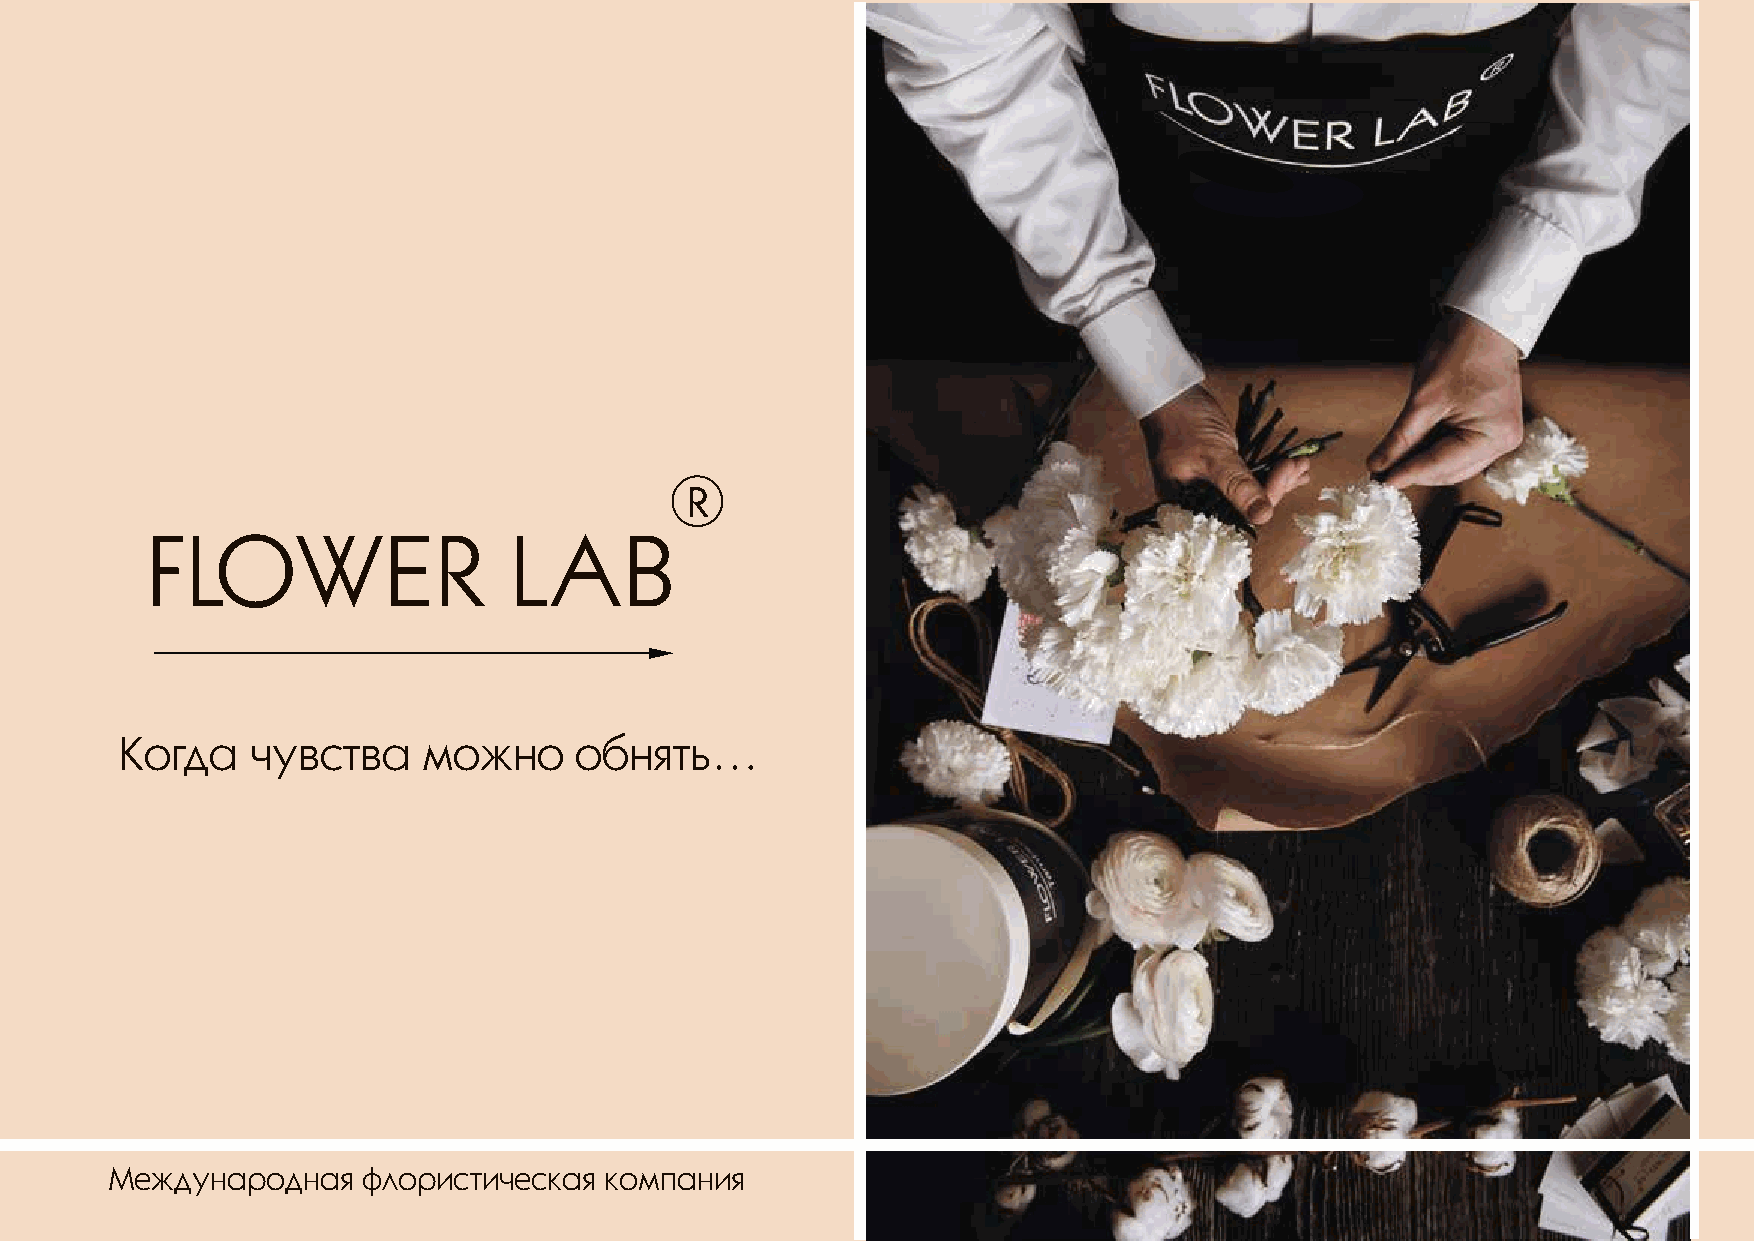
Когда    чувства    можно     обнять…
 Международная    флористическая  компания